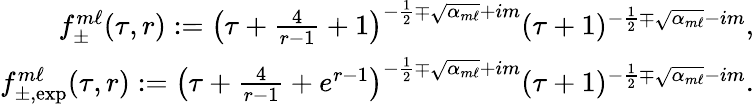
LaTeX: \begin{array}{r}{f_{\pm}^{m\ell}(\tau,r):=\left(\tau+\frac{4}{r-1}+1\right)^{-\frac{1}{2}\mp\sqrt{\alpha_{m\ell}}+im}(\tau+1)^{-\frac{1}{2}\mp\sqrt{\alpha_{m\ell}}-im},}\\ {f_{\pm,\mathrm{exp}}^{m\ell}(\tau,r):=\left(\tau+\frac{4}{r-1}+e^{r-1}\right)^{-\frac{1}{2}\mp\sqrt{\alpha_{m\ell}}+im}(\tau+1)^{-\frac{1}{2}\mp\sqrt{\alpha_{m\ell}}-im}.}\end{array}